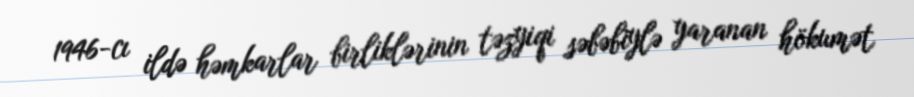
1946-cı ildə həmkarlar birliklərinin təzyiqi səbəbiylə yaranan hökumət